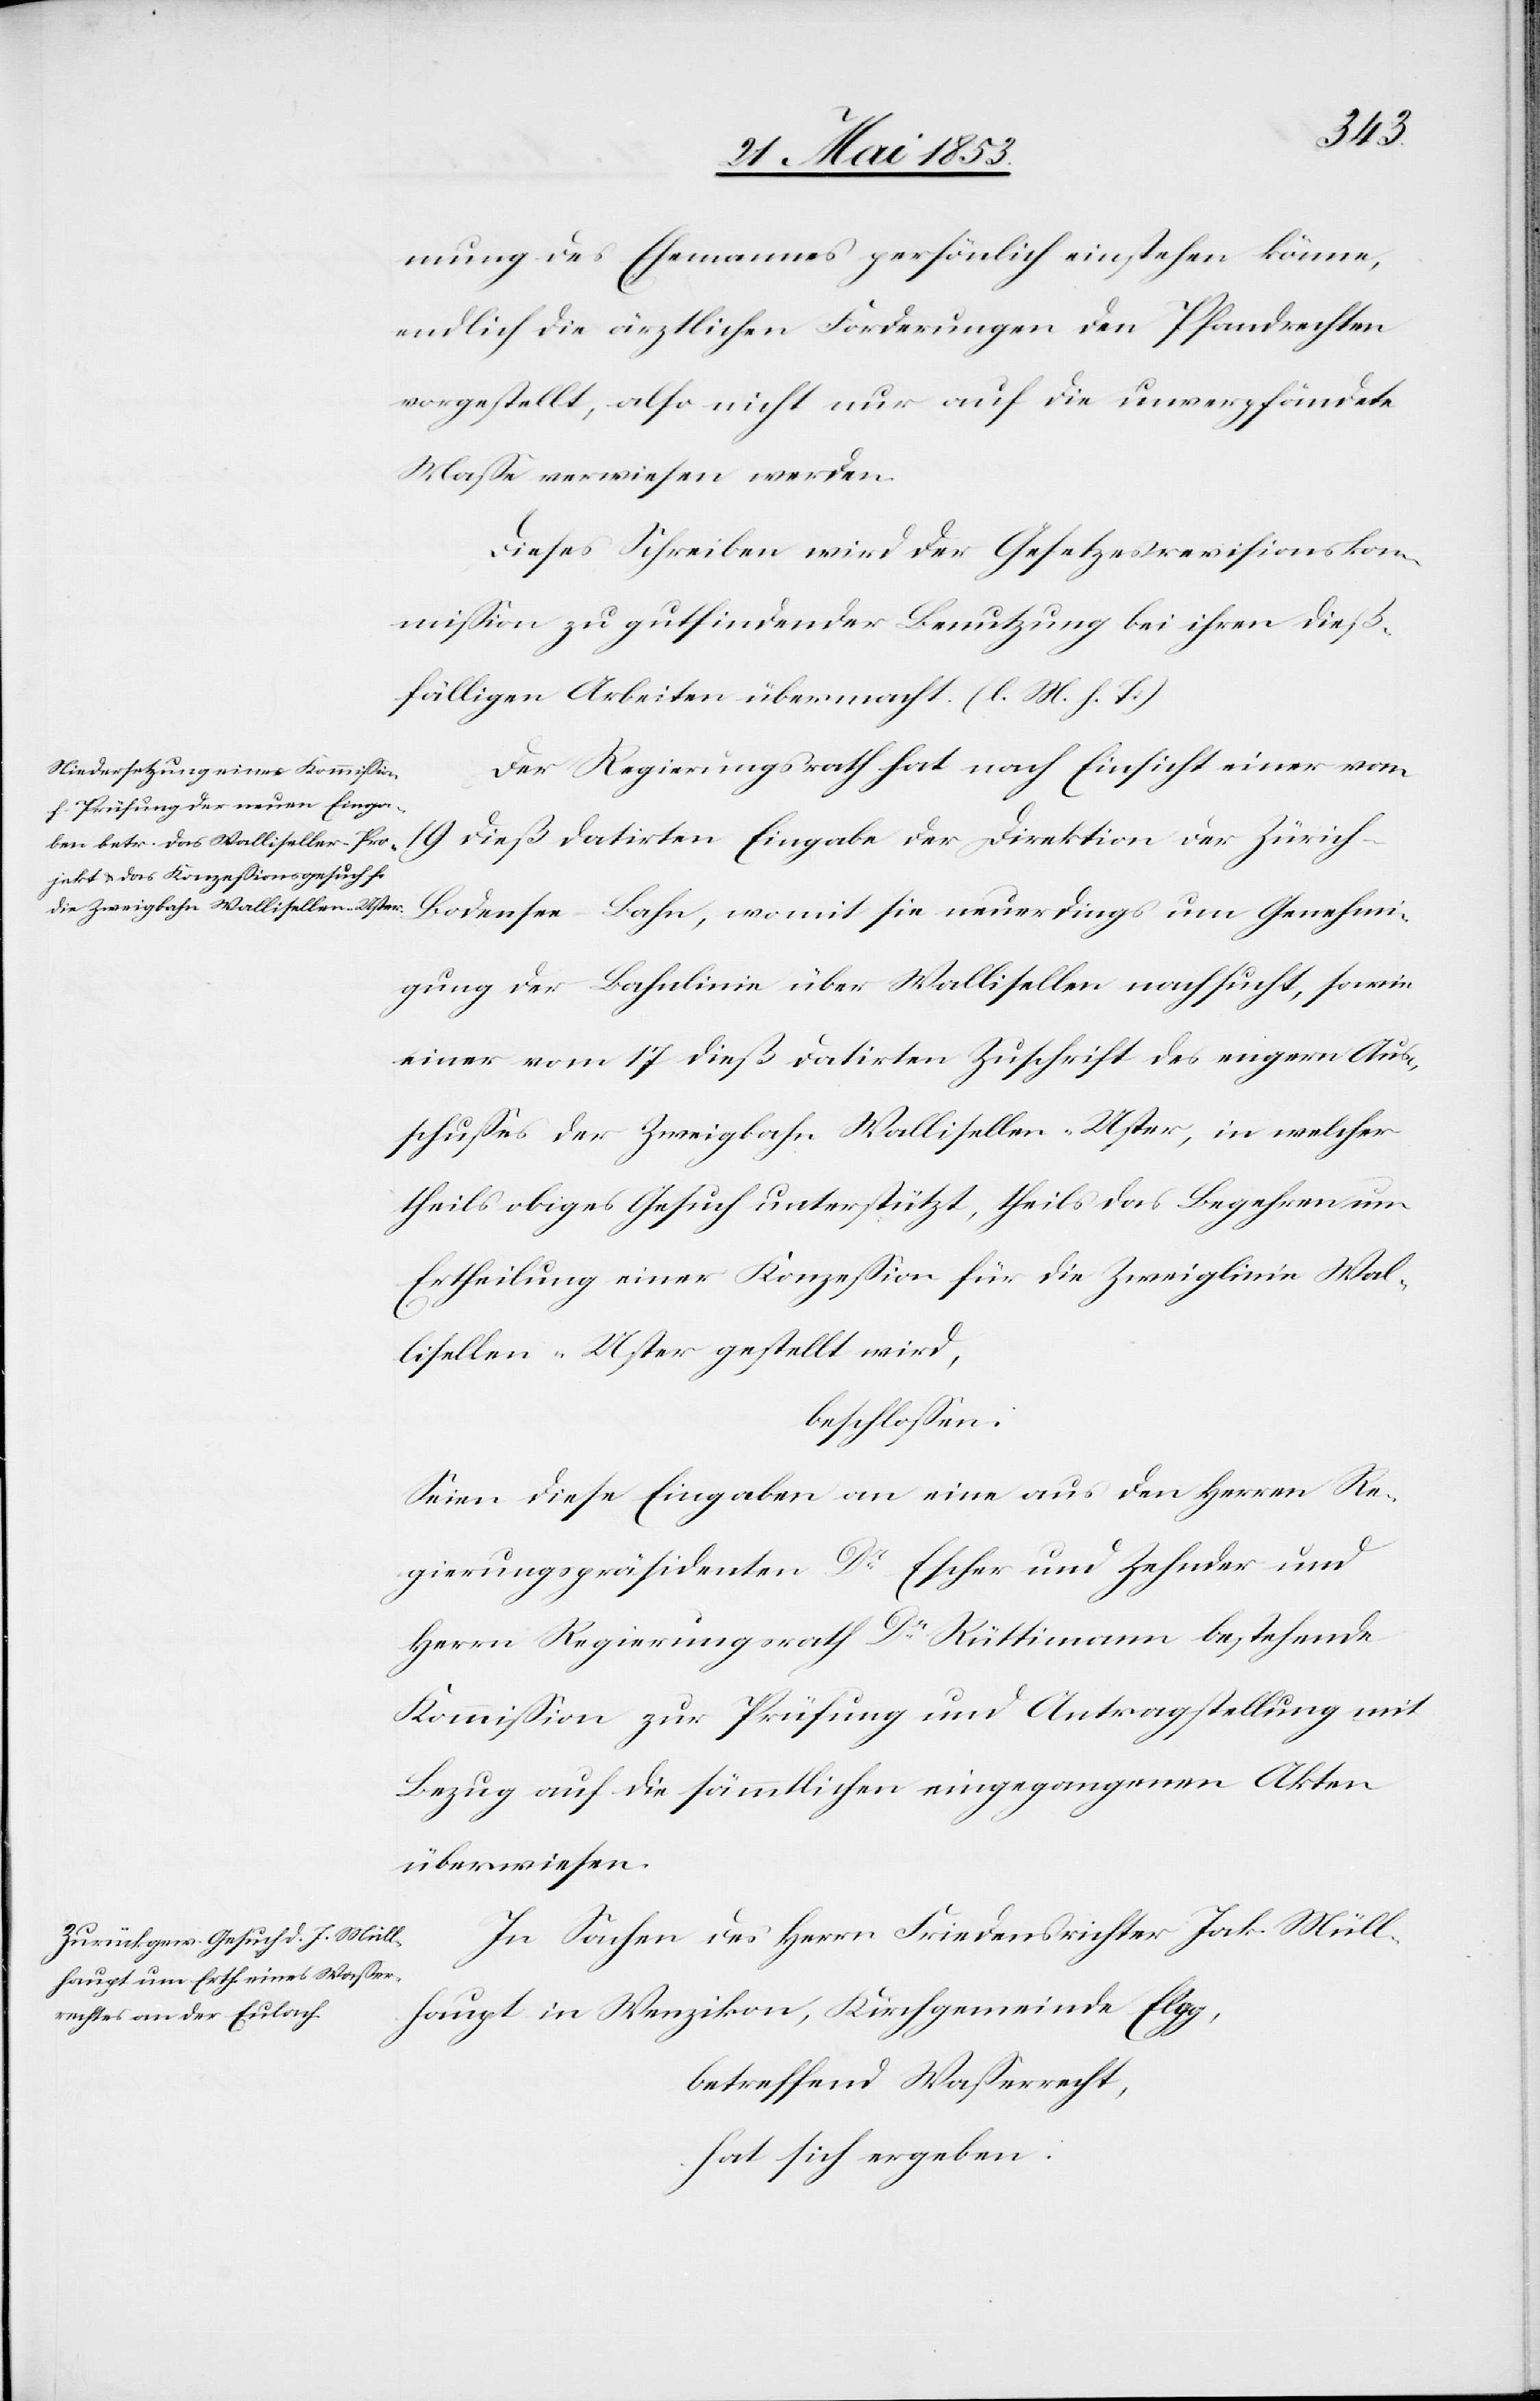
mung des Ehemannes persönlich einstehen könne,
endlich die ärztlichen Forderungen den Pfandrechten
vorgestellt, also nicht nur auf die unverpfändete
Maße verwiesen werden.
Dieses Schreiben wird der Gesetzesrevisionskom¬
mißion zu gutfindender Benutzung bei ihren dieß¬
fälligen Arbeiten übermacht [l. M. h. T]
Der Regierungsrath hat nach Einsicht einer vom
19 dieß datirten Eingabe der Direktion der Zürich-B¬
odensee-Bahn, womit sie neuerdings um Genehmi¬
gung der Bahnlinie über Wallisellen nachsucht, sowie
einer vom 17 dieß datirten Zuschrift des engern An¬
schlußes der Zweigbahn Wallisellen-Uster, in welcher
theils obiges Gesuch unterstützt, theils das Begehren um
Ertheilung einer Konzeßion für die Zweiglinie Wal¬
lisellen-Uster gestellt wird,
beschloßen:
Seien diese Eingaben an eine aus den Herrn Re¬
gierungspräsidenten Dr. Escher und Zehnder und
Herrn Regierungsrath Dr. Rüttimann bestehende
Kommißion zur Prüfung und Antragsstellung mit
Bezug auf die sämmtlichen eingegangenen Akten
überwiesen.
In Sachen des Herrn Friedensrichter Jak. Müll¬
haupt in Wenzikon, Kirchgemeinde Elgg,
betreffend Waßerrecht,
hat sich ergeben: